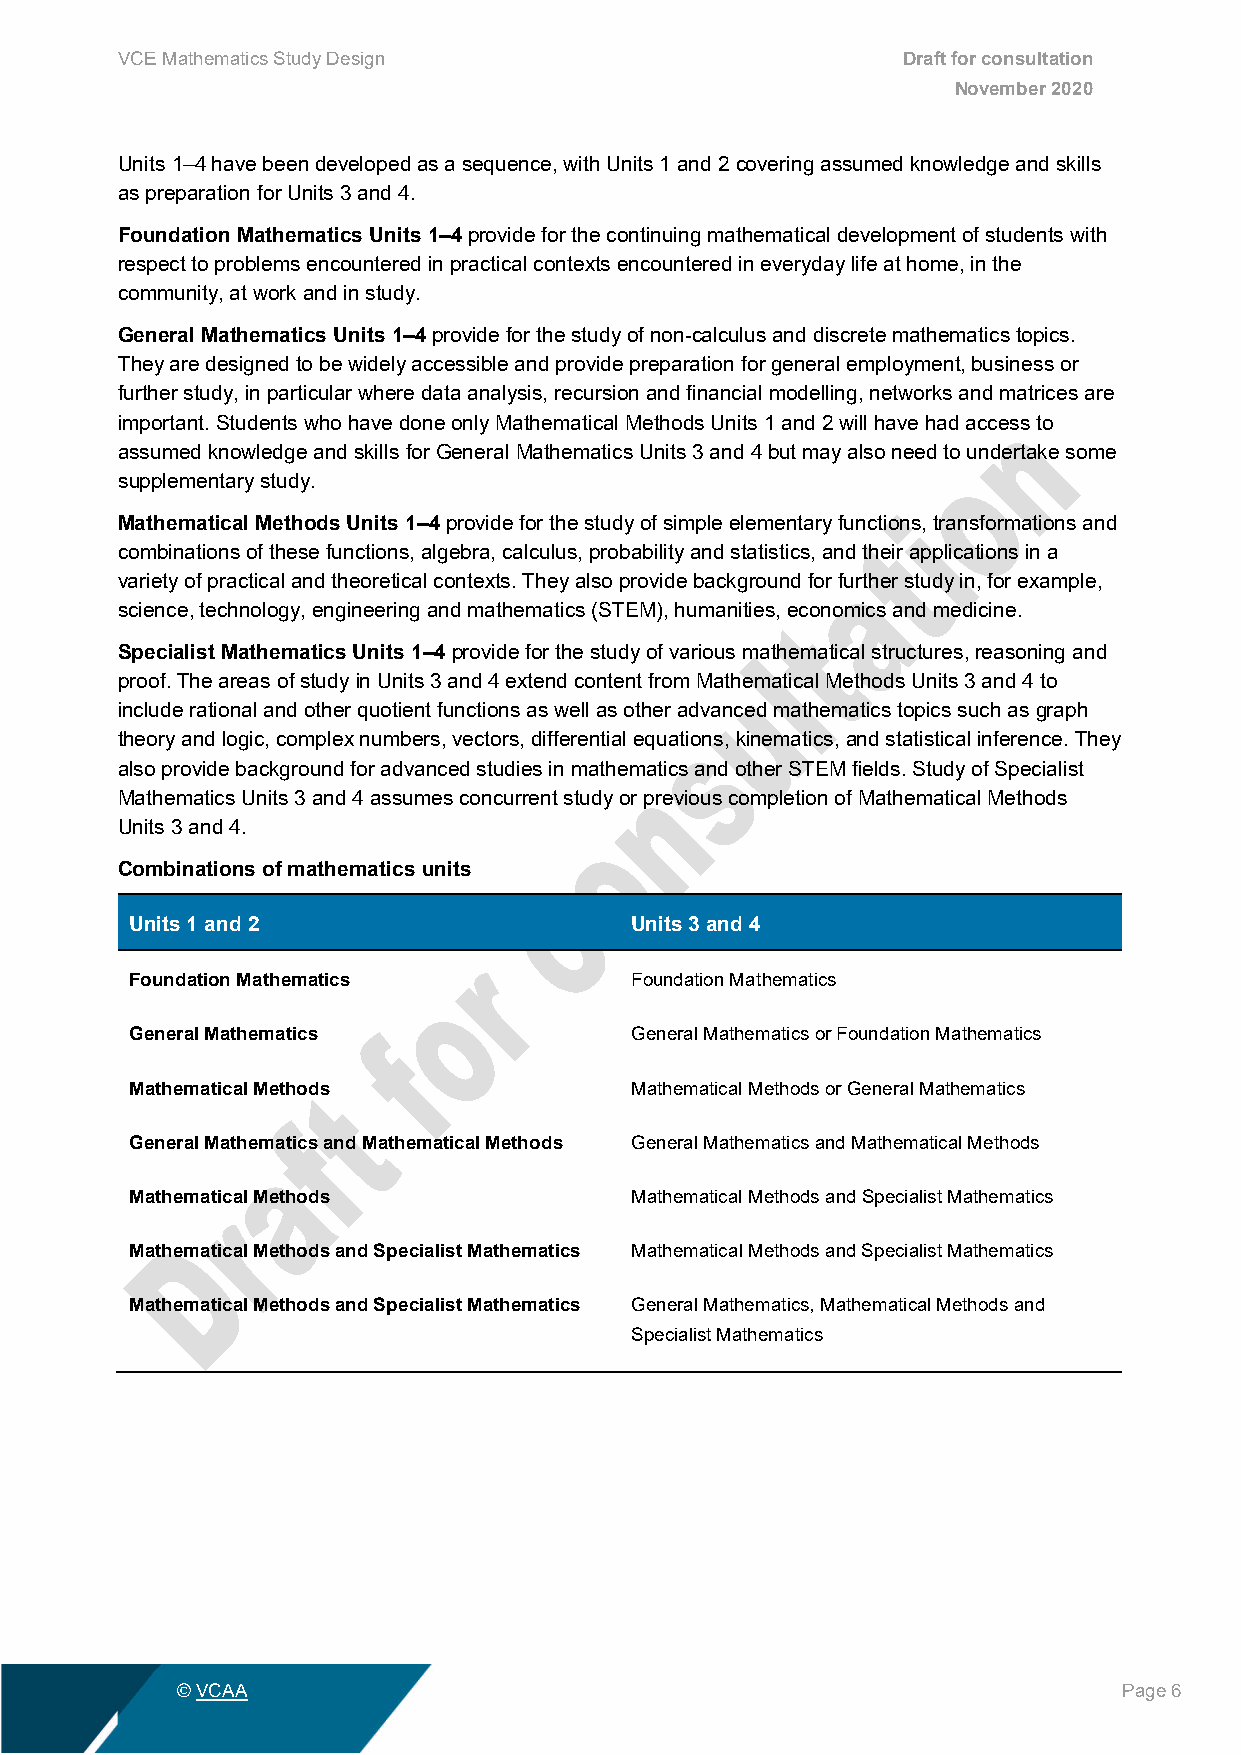
VCE Mathematics Study Design                        Draft for consultation
 November 2020
 Units 1–4 have been developed as a sequence, with Units 1 and 2 covering assumed knowledge and skills
 as preparation for Units 3 and 4.
 Foundation Mathematics Units 1–4 provide for the continuing mathematical development of students with
 respect to problems encountered in practical contexts encountered in everyday life at home, in the
 community, at work and in study.
 General Mathematics Units 1–4 provide for the study of non-calculus and discrete mathematics topics.
 They are designed to be widely accessible and provide preparation for general employment, business or
 further study, in particular where data analysis, recursion and financial modelling, networks and matrices are
 important. Students who have done only Mathematical Methods Units 1 and 2 will have had access to
 assumed knowledge and skills for General Mathematics Units 3 and 4 but may also need to undertake some
 supplementary study.
 Mathematical Methods Units 1–4 provide for the study of simple elementary functions, transformations and
 combinations of these functions, algebra, calculus, probability and statistics, and their applications in a
 variety of practical and theoretical contexts. They also provide background for further study in, for example,
 science, technology, engineering and mathematics (STEM), humanities, economics and medicine.
 Specialist Mathematics Units 1–4 provide for the study of various mathematical structures, reasoning and
 proof. The areas of study in Units 3 and 4 extend content from Mathematical Methods Units 3 and 4 to
 include rational and other quotient functions as well as other advanced mathematics topics such as graph
 theory and logic, complex numbers, vectors, differential equations, kinematics, and statistical inference. They
 also provide background for advanced studies in mathematics and other STEM fields. Study of Specialist
 Mathematics Units 3 and 4 assumes concurrent study or previous completion of Mathematical Methods
 Units 3 and 4.
 Combinations of mathematics units
 Units 1 and 2                    Units 3 and 4
 Foundation Mathematics           Foundation Mathematics
 General Mathematics              General Mathematics or Foundation Mathematics
 Mathematical Methods             Mathematical Methods or General Mathematics
 General Mathematics and Mathematical Methods General Mathematics and Mathematical Methods
 Mathematical Methods             Mathematical Methods and Specialist Mathematics
 Mathematical Methods and Specialist Mathematics Mathematical Methods and Specialist Mathematics
 Mathematical Methods and Specialist Mathematics General Mathematics, Mathematical Methods and
 Specialist Mathematics
 © VCAA                                                        Page 6